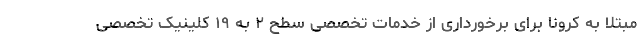
مبتلا به کرونا برای برخورداری از خدمات تخصصی سطح ۲ به ۱۹ کلینیک تخصصی